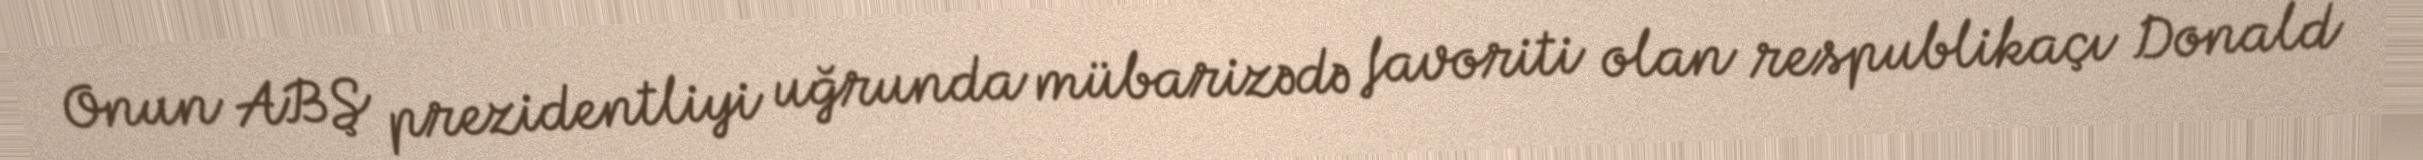
Onun ABŞ prezidentliyi uğrunda mübarizədə favoriti olan respublikaçı Donald